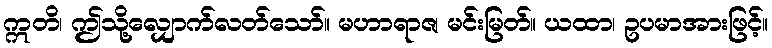
ဣတိ၊ ဤသို့လျှောက်လတ်သော်။ မဟာရာဇ၊ မင်းမြတ်။ ယထာ၊ ဥပမာအားဖြင့်။